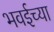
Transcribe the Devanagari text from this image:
भवईच्या